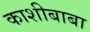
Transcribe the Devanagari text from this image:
काशीबाबा